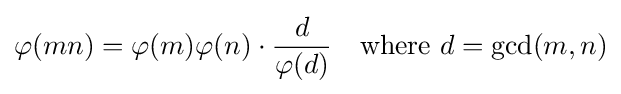
\varphi (mn)=\varphi (m)\varphi (n)\cdot {\frac {d}{\varphi (d)}}\quad {\text{where }}d=\operatorname {gcd} (m,n)